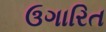
ઉગારિત